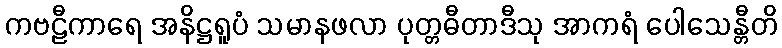
ကဗဠီကာရေ အနိဋ္ဌရူပံ သမာနဖလာ ပုတ္တဓီတာဒီသု အာကရံ ပေါသေန္တီတိ